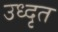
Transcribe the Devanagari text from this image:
उध्दृत